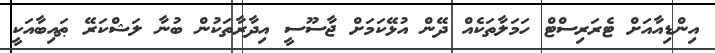
އިންޑިއާއަށް ޓެރަރިސްޓް ހަމަލާތަކެއް ދޭން އުޅޭކަމަށް ޖާސޫސީ އިދާރާތަކުން ބުނާ ލަޝްކަރޭ ޠައިބާއަކީ